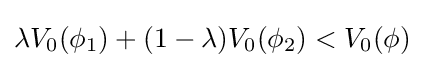
\lambda V_{0}(\phi _{1})+(1-\lambda )V_{0}(\phi _{2})<V_{0}(\phi )